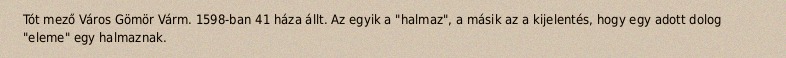
Tót mező Város Gömör Várm. 1598-ban 41 háza állt. Az egyik a "halmaz", a másik az a kijelentés, hogy egy adott dolog "eleme" egy halmaznak.